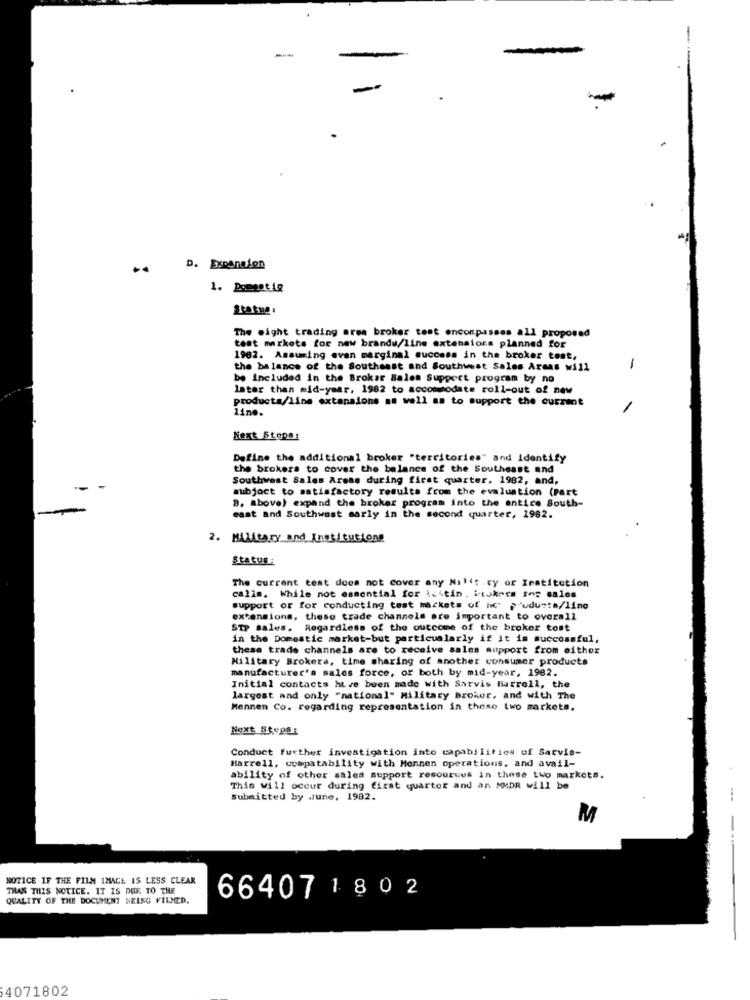
-
..
D. Expansion
1. Doeget ig
The eight trading area broker test enconpasses all proposed
test markets for new brandw/line extensions planned for
1962. Assuming even marginal success in the broker test,
the balance of the Southeast and Southwest Sales Areas will
-
be Included in the Broker Bales Support program by no
later than mid-year, 1982 to accommodate roll-out of new
products/line extensions as well as to support the current
lino.
Next Stops:
Define the additional broker "territories" and identify
the brokers to cover the balance of the Southeast and
Southwest Sales Areas during first quarter. 1982, and,
subject to satisfactory results from the evaluation (Part
B. above) expand the broker program into the entire South-
east and Southwest marly in the second quarter, 1982.
2. Military and Institutions
Status:
The current test does not cover any Nalit .ty or Institution
calls. While not essential for icitin. itukets tos sales
support or for conducting test markets of nc p'uduste/line
extensions, these trade channels ore important to overall
STP sales. Regardless of the outcome of the broker tost
in the Domestic market-but particularly if it is successful,
these trade channels are to receive sales support from either
Military Brokers, time sharing of another consumer products
manufacturer's sales force, or both by mid-year, 1982.
Initial contacts have been made with Sarvis Barrell, the
largest and only "national" Military Broker, and with The
Mennen Co. regarding representation in these two markets.
Next Steps:
Conduct further investigation into capabilities of Sarvis-
Harrell, compatability with Mennen operations, and avail-
ability of other sales support resources in these two markets.
This will occur during first quarter and an MMDR will be
Submitted by .june, 1982.
--
M
NOTICE IF THE FILM IMAGE IS LESS CLEAR
TRAS THIS NOTICE. IT IS DUE TO THE
664071802
QUALITY OF THE DOCUMENT NELNG VILMED.
4071802